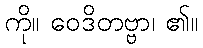
ကို။ ဝေဒိတဗ္ဗာ၊ ၏။